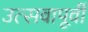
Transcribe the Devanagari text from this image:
उत्सवापूर्वी